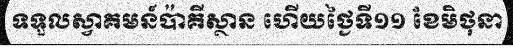
ទទួលស្វាគមន៍ប៉ាគីស្ថាន ហើយថ្ងៃទី១១ ខែមិថុនា